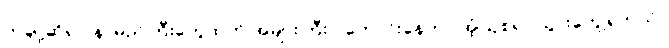
တချို့ဆိုရင် နာမည်ကြီးတွေထက် အများကြီး ပိုကောင်းနေတာ အံ့ဩစရာ သွားတွေ့ရတယ်။